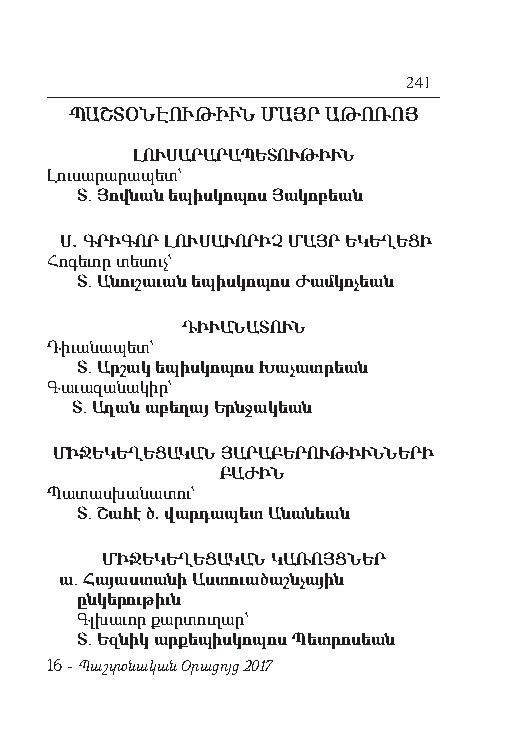
241
 ՊԱՇՏՕՆԷՈՒԹԻՒՆ ՄԱՅՐ ԱԹՈՌՈՅ
 ԼՈՒՍԱՐԱՐԱՊԵՏՈՒԹԻՒՆ
 Լու սա րա րա պետ`
 Տ. Յով նան ե պիս կո պոս Յա կո բեան
 Ս. Գ ՐԻ ԳՈՐ ԼՈՒ ՍԱ ՒՈ ՐԻՉ ՄԱՅՐ Ե ԿԵ ՂԵ ՑԻ
 Հո գե ւոր տե սուչ`
 Տ. Ա նու շա ւան ե պիս կո պոս Ժամ կո չեան
 ԴԻՒԱՆԱՏՈՒՆ
 Դի ւա նա պետ`
 Տ. Ար շակ ե պիս կո պոս Խա չատ րեան
 Գա ւա զա նա կիր`
 Տ. Աղան ա բե ղայ Երնջակեան
 ՄԻՋԵԿԵՂԵՑԱԿԱՆ ՅԱՐԱԲԵՐՈՒԹԻՒՆՆԵՐԻ
 ԲԱԺԻՆ
 Պա տաս խա նա տու`
 Տ. Շահէ ծ. վարդապետ Անանեան
 ՄԻՋԵԿԵՂԵՑԱԿԱՆ ԿԱՌՈՅՑՆԵՐ
 ա. Հա յաս տա նի Աստուածաշն չա յին
 ըն կե րու թիւն
 Գլ խա ւոր քար տու ղար`
 Տ. Եզ նիկ ար քե պիս կո պոս Պետ րո սեան
 16 - Պաշտօնական Օրացոյց 2017